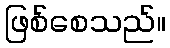
ဖြစ်စေသည်။